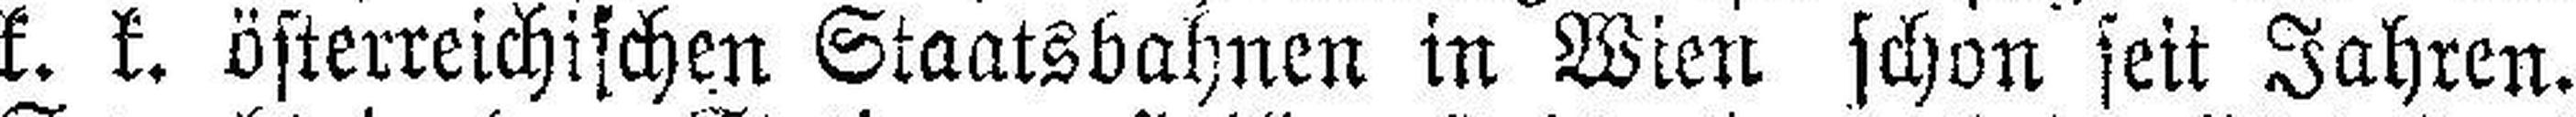
k. k. österreichischen Staatsbahnen in Wien schon seit Jahren.